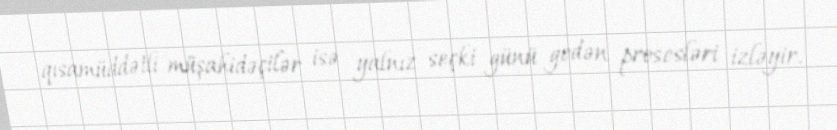
qısamüddətli müşahidəçilər isə yalnız seçki günü gedən prosesləri izləyir.